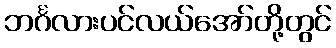
ဘင်္ဂလားပင်လယ်အော်တို့တွင်